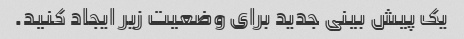
یک پیش بینی جدید برای وضعیت زیر ایجاد کنید.